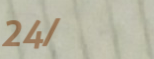
24/7